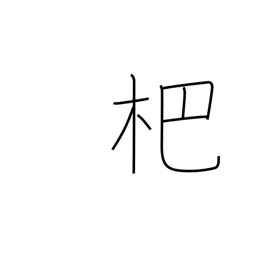
Meaning: kind of rake